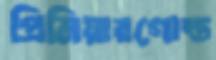
প্রিমিয়ারগোল্ড